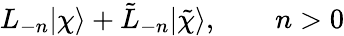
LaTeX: L_{-n}|\chi\rangle+\tilde{L}_{-n}|\tilde{\chi}\rangle,\qquad n>0